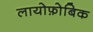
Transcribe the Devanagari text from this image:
लायोफ़ोबिक